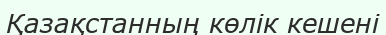
Қазақстанның көлік кешені